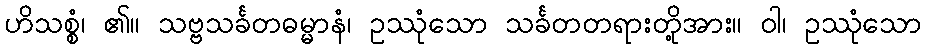
ဟိသစ္စံ၊ ၏။ သဗ္ဗသင်္ခတဓမ္မာနံ၊ ဥဿုံသော သင်္ခတတရားတို့အား။ ဝါ၊ ဥဿုံသော